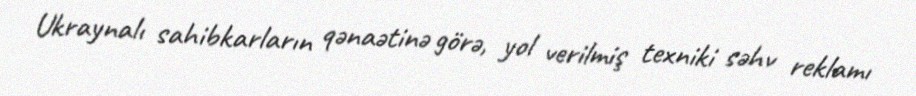
Ukraynalı sahibkarların qənaətinə görə, yol verilmiş texniki səhv reklamı